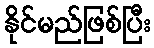
နိုင်မည်ဖြစ်ပြီး